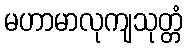
မဟာမာလုကျသုတ္တံ